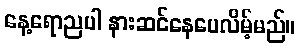
နေ့ရောညပါ နားဆင်နေပေလိမ့်မည်။